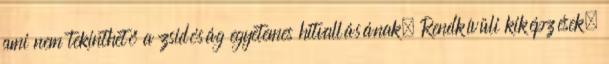
ami nem tekinthető a zsidóság egyetemes hitvallásának. Rendkívüli kiképzések.